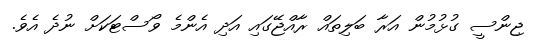
ޖިންސީ ގުޅުމުން އަރާ ބަލިތައް ރާއްޖޭގައި އަދި އެންމެ ވޯސްޓަކަށް ނުދެ އެވެ.